Annual report on the lock hospitals of the Madras Presidency
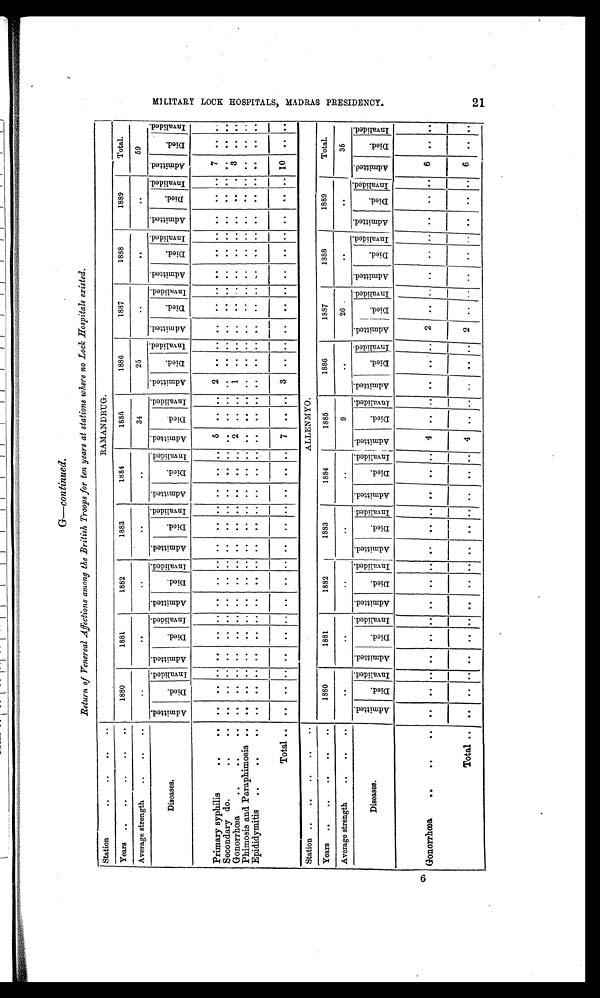
<J4
G—continued.
Return of Venereal Affections among the British Troops for ten years at stations where no Lock Hospitals existed.
Station
. .
..
. .
. .
RAMANDRUG.
Years
..
. .
. .
..
. .
1880
1881
1882
1883
1881
1885
1886
1887
1888
1889
Total.
Average strength
. .
..
..
. .
. .
. .
. .
..
34
2 5
..
. .
. .
5 9
D i s e a s e s .
A d m i t t e d .
D i e d .
I nval i ded.
A d m i t t e d .
D i e d .
I n v a l i d e d .
A d m i t t e d .
D i e d .
I n v a l i d e d .
A d m i t t e d .
D i e d .
I nval i ded. Admi t t ed.
D i e d .
I nval i ded.
A d m i t t e d .
D i e d .
I n v a l i d e d .
A d m i t t e d .
D i e d .
I n v a l i d e d .
A d m i t t e d .
D i e d .
I n v a l i d e d .
A d m i t t e d .
D i e d .
I n v a l i d e d .
A d m i t t e d .
D i e d .
I nval i ded.
A d m i t t e d .
D i e d .
I n v a l i d e d .
Primary syphilis
. .
..
. .
. .
. . ..
. .
. . ..
. .
. .
. .
. .
..
..
..
. .
..
5
. . . . 2
. . .. ..
. . . . . .
. .
. .
..
. .
. .
7
. . ..
Secondary do.
. .
. .
. .
. .
. . ..
. .
. . . .
. .
. . . . ..
.. .. ..
.. ..
. .
. . .. ..
. . .. ..
. . ..
. .
. . . . ..
. . . .
. .
. . ..
Gonorrhœa
.. . .
. .
. .
. .
. . ..
. .
. . . .
. .
. . . . ..
.. ..
..
.
.
2
. .
. .
1
. .
. .
. .
. . . .
. .
. . . . ..
. .
. . 3
. . ..
Phimosis and Paraphimosis .. .. .. .. .. ..
. . . .
. .
. . . . ..
.. .. ..
.. ..
. .
. . . .
. .
. . . .
. .
. . . .
. .
. . . . ..
. . . .
. .
. . ..
Epididymitis .. . .
. .
. .
. .
. .
..
. .
. .
. .
. .
. .
. .
..
.. ..
..
.. ..
. .
. .
. .
. .
. .
. .
. .
. .
. .
. .
. .
. .
..
. .
. .
..
..
..
Total ..
. .
. . ..
. .
. .
. .
. .
. .
. .
..
..
..
..
..
..
7
. .
. .
3
. .
. .
. .
. .
. .
. .
. .
. .
..
. .
. . 10 ..
..
Station ..
. .
. .
..
. .
ALLENMYO.
Years
..
. .
. .
. .
. .
1880
1881
1882
1883
1884
1885
1886
1887
1888
1889
Total.
Average strength
..
. .
. .
. . ..
. .
. .
. .
..
. . 9
..
26
..
. .
35
Diseases.
A d m i t t e d .
D i e d .
Inval i ded.
A d m i t t e d .
D i e d .
I n v a l i d e d .
A d m i t t e d .
D i e d .
I n v a l i d e d .
A d m i t t e d .
D i e d .
I nval i ded. Admi t t ed.
D i e d .
Invalided. A d m i t t e d .
D i e d .
I n v a l i d e d .
A d m i t t e d .
D i e d .
I n v a l i d e d .
A d m i t t e d .
Di e d .
I n v a l i d e d .
A d m i t t e d .
D i e d .
I n v a l i d e d .
Admi t t e d.
D i e d .
I nval i ded.
A d m i t t e d .
D i e d .
I nval i ded.
Gonorrhœa
..
. .
. .
..
..
. .
..
..
..
. .
. .
..
. .
..
..
..
..
..
4
. . ..
. .
. . . . 2
. .
. .
. .
. .
. .
..
. . ..
6
. . ..
Total . .
. .
. . ..
. .
. .
. . . .
. .
. .
..
.. ..
..
..
..
4
. .
. .
. .
. .
. .
2 ..
. . . . ..
. . .. .. .. 6
. . ..
M I L I T A R Y L O O K H O S P I T A L S , M A D R A S P R E S I D E N C Y .
21